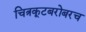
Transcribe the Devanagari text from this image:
चित्रकूटबरोबरच